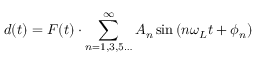
d ( t ) = F ( t ) \cdot \sum _ { n = 1 , 3 , 5 \ldots } ^ { \infty } A _ { n } \sin { \left( n \omega _ { L } t + \phi _ { n } \right) }